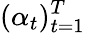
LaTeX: (\alpha_{t})_{t=1}^{T}